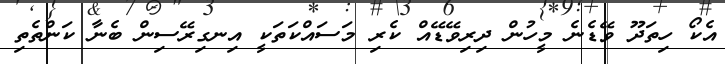
އެކޯ ހިތަދޫ ވޭޑެނެ މީހުން ދިރިވޭޑޭއް ކެރި މަސައްކަތަކީ އިނގިރޭސިން ބެނާ ކަންތެތި